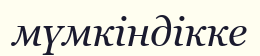
мүмкіндікке